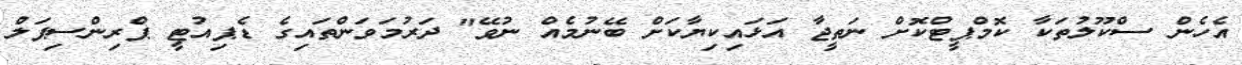
އެހެން ސްކޫލުތަކާ ކޮމްޕީޓްކޮށް ނަތީޖާ އަޅައިކިޔާކަށް ބޭނުމެއް ނުވޭ" ދަރުމަވަންތައިގެ ޑެޕިއުޓީ ޕްރިންސިޕަލް